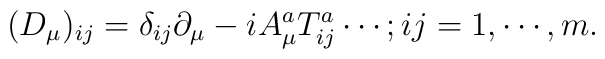
(D_{\mu})_{ij}=\delta_{ij}\partial_{\mu}-iA^{a}_{\mu}T^{a}_{ij} \cdots ; ij=1,\cdots ,m.